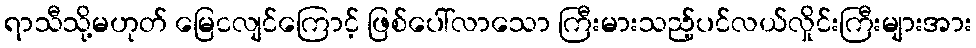
ရာသီသို့မဟုတ် မြေငလျင်ကြောင့် ဖြစ်ပေါ်လာသော ကြီးမားသည့်ပင်လယ်လှိုင်းကြီးများအား